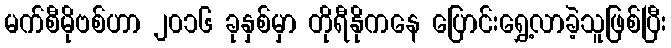
မက်စီမိုဗစ်ဟာ ၂၀၁၆ ခုနှစ်မှာ တိုရီနိုကနေ ပြောင်းရွှေ့လာခဲ့သူဖြစ်ပြီး